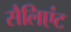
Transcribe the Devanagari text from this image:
सैलिएंट